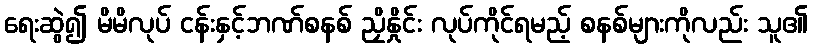
ရေးဆွဲ၍ မိမိလုပ် ငန်းနှင့်ဘဏ်စနစ် ညှိနှိုင်း လုပ်ကိုင်ရမည့် စနစ်များကိုလည်း သူ၏